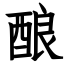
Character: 酿